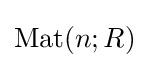
\operatorname {Mat} (n;R)